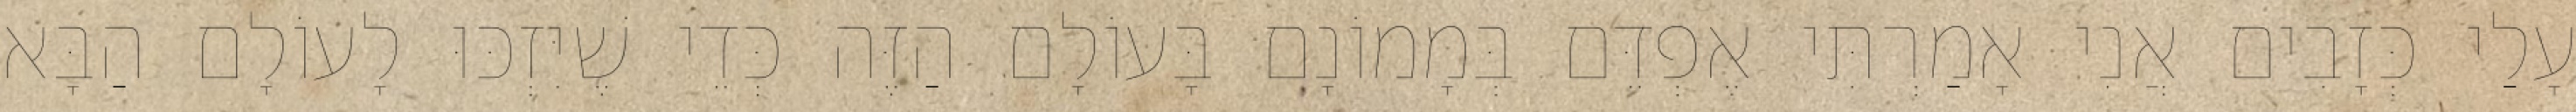
עָלַי כְּזָבִים אֲנִי אָמַרְתִּי אֶפְדֵּם בְּמָמוֹנָם בָּעוֹלָם הַזֶּה כְּדֵי שֶׁיִּזְכּוּ לָעוֹלָם הַבָּא